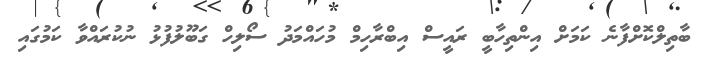
ބާތިލްކޮށްފާނެ ކަމަށް އިންތިހާބީ ރައީސް އިބްރާހިމް މުހައްމަދު ސޯލިހް ގަބޫލުފުޅު ނުކުރައްވާ ކަމުގައި